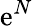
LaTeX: \mathrm{e}^{N}